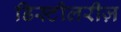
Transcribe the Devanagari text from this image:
डिस्टीलरीज़